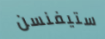
ستيفنسن